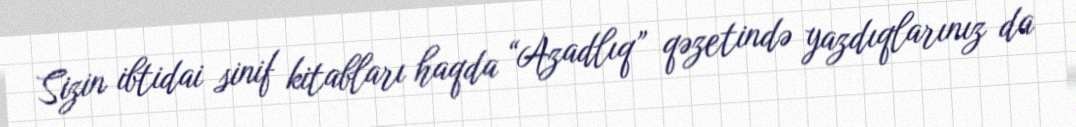
Sizin ibtidai sinif kitabları haqda “Azadlıq” qəzetində yazdıqlarınız da